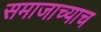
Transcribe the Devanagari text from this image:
समाजाच्याच